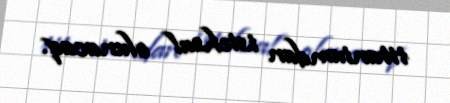
titaniumdan istehsal olunacaq.